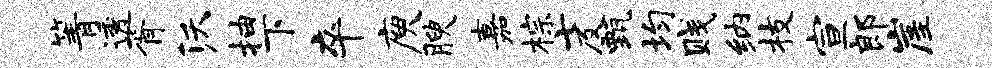
箐透胥沃抽下卒庾腴嘉棕七及甄均贱纳枝宣郎崖